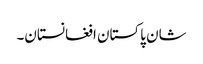
شان پاکستان افغانستان۔